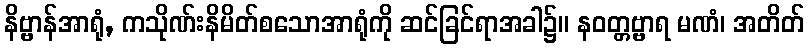
နိဗ္ဗာန်အာရုံ, ကသိုဏ်းနိမိတ်စသောအာရုံကို ဆင်ခြင်ရာအခါ၌။ နဝတ္တဗ္ဗာရ မဏံ၊ အတိတ်